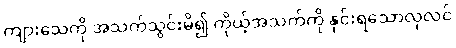
ကျားသေကို အသက်သွင်းမိ၍ ကိုယ့်အသက်ကို နှင်းရသောလုလင်